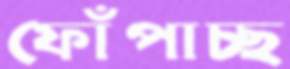
ফোঁপাচ্ছ